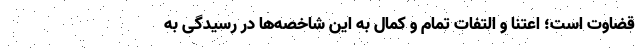
قضاوت است؛ اعتنا و التفات تمام و کمال به این شاخصه‌ها در رسیدگی به